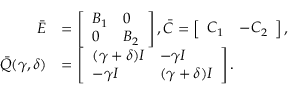
\begin{array} { r l } { \bar { E } } & { = \left[ \begin{array} { l l } { B _ { 1 } } & { 0 } \\ { 0 } & { B _ { 2 } } \end{array} \right] , \bar { C } = \left[ \begin{array} { l l } { C _ { 1 } } & { - C _ { 2 } } \end{array} \right] , } \\ { \bar { Q } ( \gamma , \delta ) } & { = \left[ \begin{array} { l l } { ( \gamma + \delta ) I } & { - \gamma I } \\ { - \gamma I } & { ( \gamma + \delta ) I } \end{array} \right] . } \end{array}